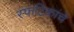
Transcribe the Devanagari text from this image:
स्फटिकांचे